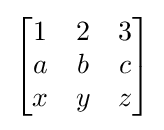
{\begin{bmatrix}1&2&3\\a&b&c\\x&y&z\end{bmatrix}}